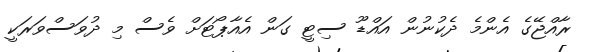
ރާއްޖޭގެ އެންމެ ދެކުނުން އައްޑޫ ސިޓީ ގަން އެއާޕޯޓަށް ވެސް މި ދުވަސްވަރަކީ